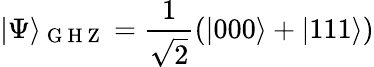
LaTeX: \vert\Psi\rangle_{\mathrm{~G~H~Z~}}=\frac{1}{\sqrt{2}}(\vert 000\rangle+\vert 111\rangle)